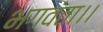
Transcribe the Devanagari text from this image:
भगवंता।।